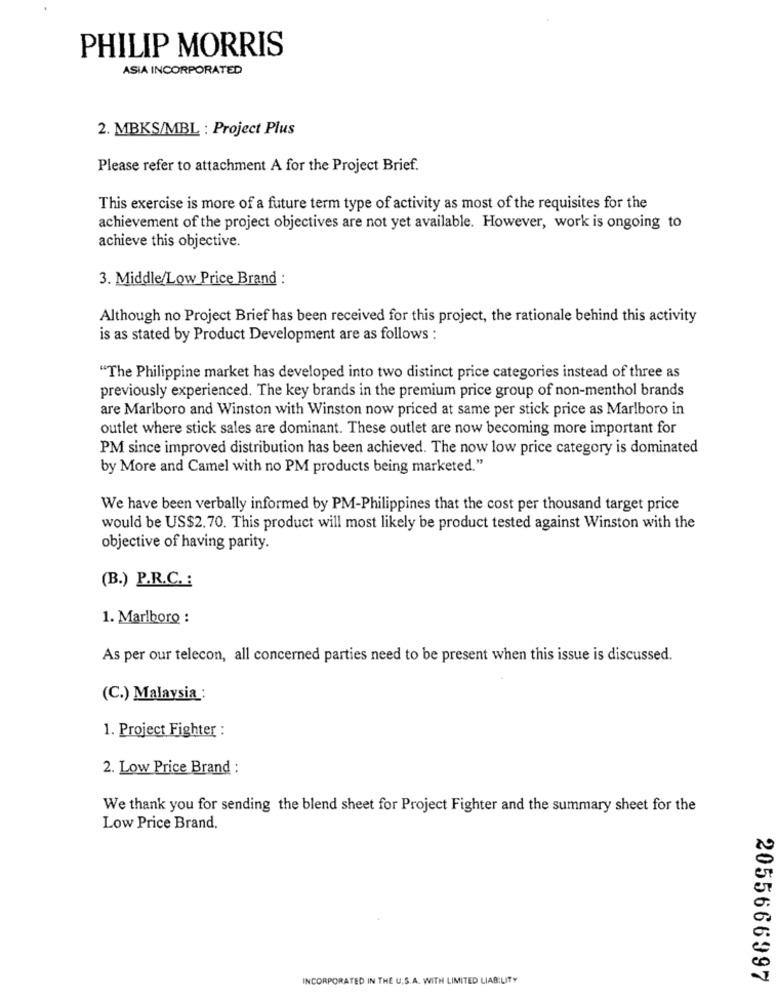
PHILIP MORRIS
ASIA INCORPORATED
2. MBKS/MBL : Project Plus
Please refer to attachment A for the Project Brief.
This exercise is more of a future term type of activity as most of the requisites for the
achievement of the project objectives are not yet available. However, work is ongoing to
achieve this objective.
3. Middle/Low Price Brand :
Although no Project Brief has been received for this project, the rationale behind this activity
is as stated by Product Development are as follows :
"The Philippine market has developed into two distinct price categories instead of three as
previously experienced. The key brands in the premium price group of non-menthol brands
are Marlboro and Winston with Winston now priced at same per stick price as Marlboro in
outlet where stick sales are dominant. These outlet are now becoming more important for
PM since improved distribution has been achieved. The now low price category is dominated
by More and Camel with no PM products being marketed."
We have been verbally informed by PM-Philippines that the cost per thousand target price
would be US$2. 70. This product will most likely be product tested against Winston with the
objective of having parity.
(B.) P.R.C. :
1. Marlboro :
As per our telecon, all concerned parties need to be present when this issue is discussed.
(C.) Malaysia :
1. Project Fighter :
2. Low Price Brand :
We thank you for sending the blend sheet for Project Fighter and the summary sheet for the
Low Price Brand.
INCORPORATED IN THE U.S.A. WITH LIMITED LIABILITY
2055666997